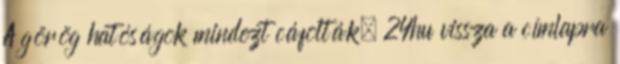
A görög hatóságok mindezt cáfolták. 24hu vissza a címlapra